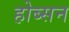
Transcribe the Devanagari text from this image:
होब्सन